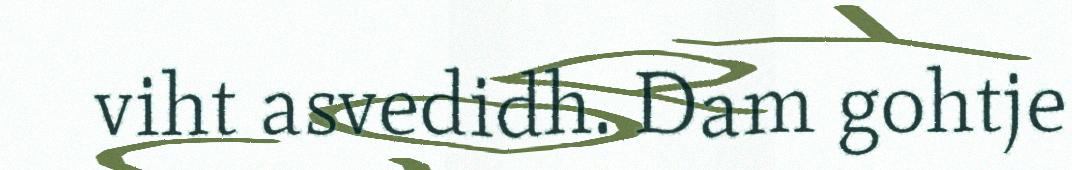
viht asvedidh. Dam gohtje